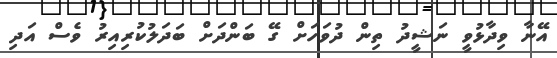
އޭނާ ވިދާޅުވީ ނަޝީދު ތިން ދުވަހަށް ގޭ ބަންދަށް ބަދަލުކުރިއިރު ވެސް އަދި